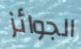
الجوائز